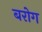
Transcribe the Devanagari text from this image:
बरोग